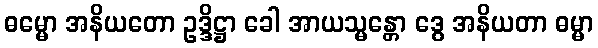
ဓမ္မော အနိယတော ဥဒ္ဒိဋ္ဌာ ခေါ အာယသ္မန္တော ဒွေ အနိယတာ ဓမ္မာ